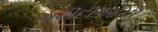
ખરીદીઓની